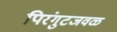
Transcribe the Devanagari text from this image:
पिरंगुटजवळ